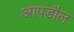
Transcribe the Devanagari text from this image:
आपडौल